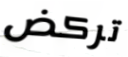
تركض